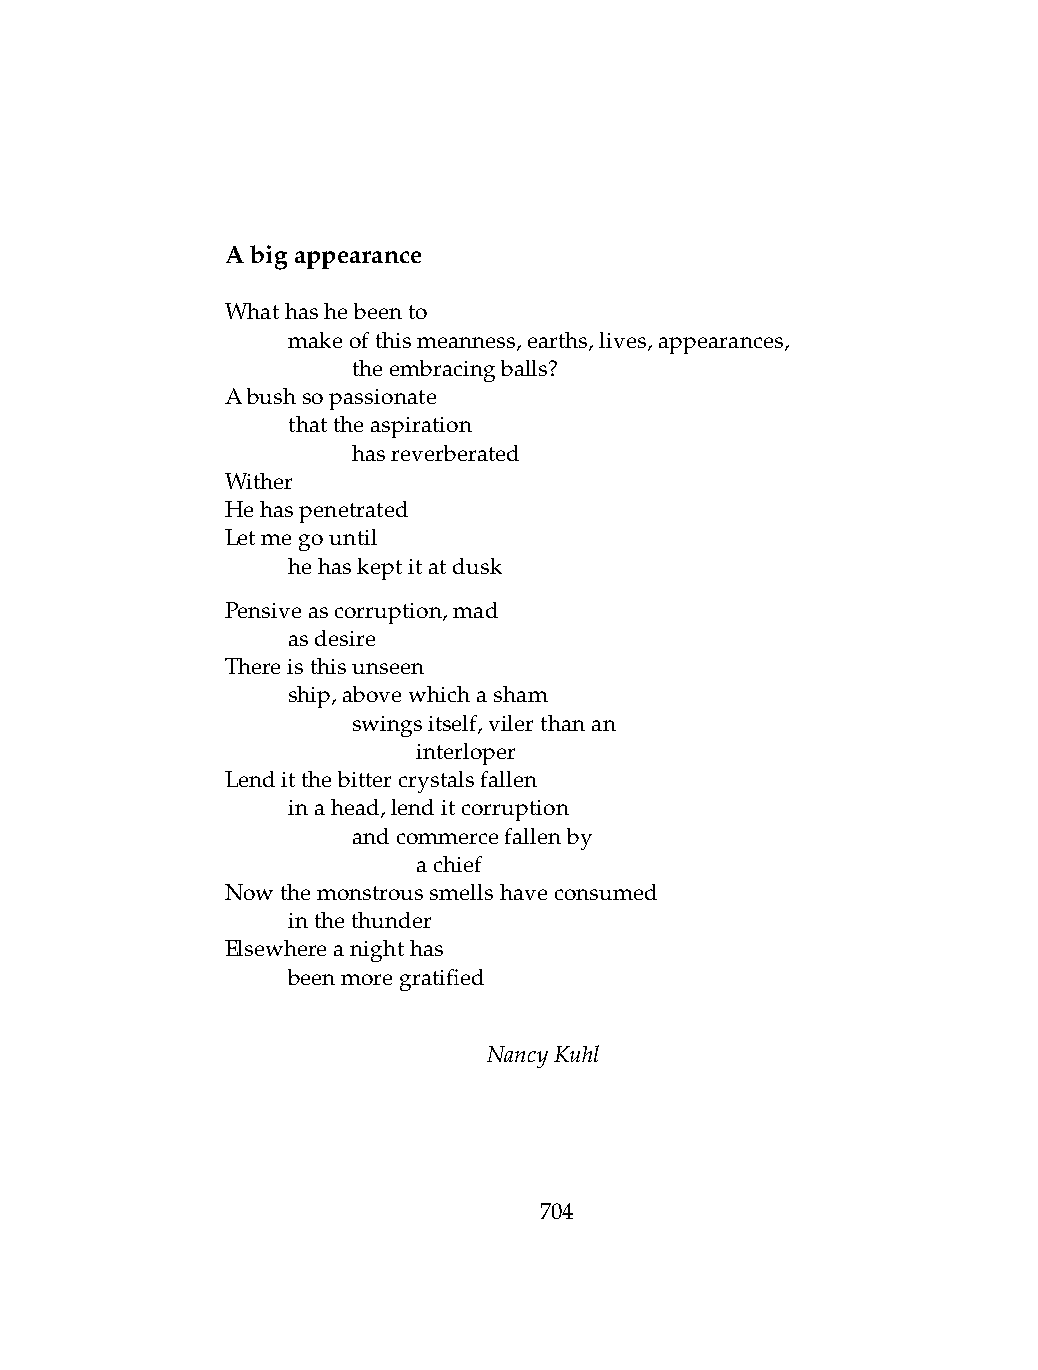
Abigappearance
 Whathashebeento
 .   makeofthismeanness,earths,lives,appearances,
 .   .   theembracingballs?
 Abushsopassionate
 .   thattheaspiration
 .   .   hasreverberated
 Wither
 Hehaspenetrated
 Letmegountil
 .   hehaskeptitatdusk
 Pensiveascorruption,mad
 .   asdesire
 Thereisthisunseen
 .   ship,abovewhichasham
 .   .   swingsitself,vilerthanan
 .   .   .    interloper
 Lenditthebittercrystalsfallen
 .   inahead,lenditcorruption
 .   .   andcommercefallenby
 .   .   .    achief
 Nowthemonstroussmellshaveconsumed
 .   inthethunder
 Elsewhereanighthas
 .   beenmoregratified
 NancyKuhl
 704